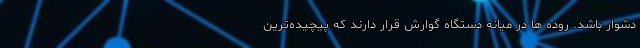
دشوار باشد. روده ها در میانه دستگاه گوارش قرار دارند که پیچیده‌ترین